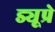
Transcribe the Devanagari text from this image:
ड्यूप्रे